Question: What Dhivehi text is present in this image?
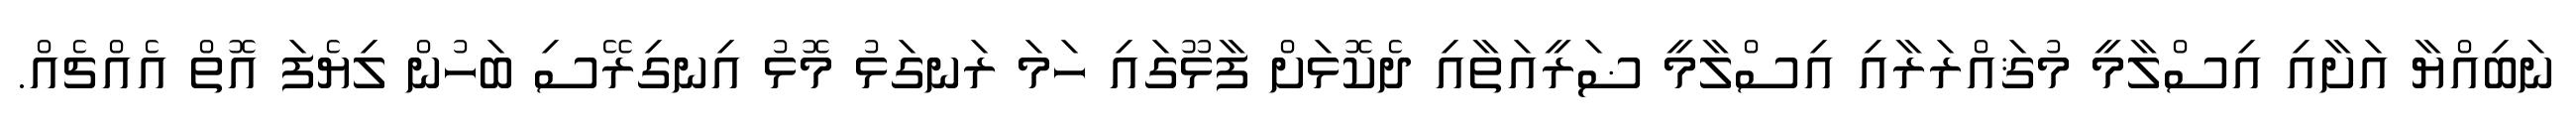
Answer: ނަބިއްޔާ އަށާއި އިސްލާމީ މުޤައްރަރާއި އިސްލާމީ ޟަރީއަތާއި ދެކޮޅަށް ފާޅޫގައި ހަމަ ރަނގަޅު މޮޅު އިނގިރޭސި ބަހުން ލިޔެފަ އޮތް އެއްޗެއް.